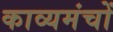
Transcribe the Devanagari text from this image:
काव्यमंचों